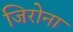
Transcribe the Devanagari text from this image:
जिरोना